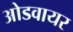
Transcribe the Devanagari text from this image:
ओडवायर